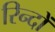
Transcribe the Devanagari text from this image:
रिन्दों